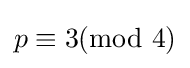
p\equiv 3{\text{(mod 4)}}